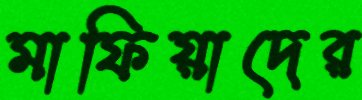
মাফিয়াদের